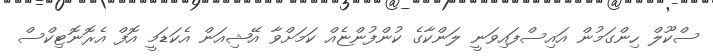
ސްކޫލް ހިންގަމުން އައިސްފައިވަނީ ލަންކާގެ ކުންފުންޏެއް ކަމަށްވާ އޭޝިއަން އެކަޑަމީ އޮފް އެރޮނޮޓިކްސް